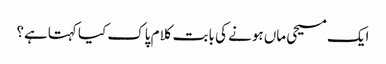
ایک مسیحی ماں ہونے کی بابت کلام پاک کیا کہتاہے؟